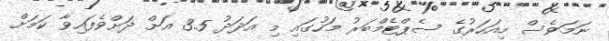
ނަމަވެސް މިއަހަރުގެ ސެޕްޓެމްބަރު މަހުގައި މި އަދަދު 3.5 އަށް ދަށްވެފައިވާ ކަމަށް